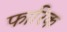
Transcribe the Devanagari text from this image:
फारिक